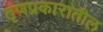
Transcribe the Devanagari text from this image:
तृणप्रकारातील